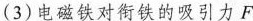
(3)电磁铁对衔铁的吸引力F